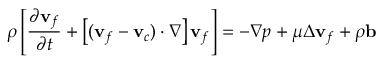
\rho \left[ \frac { \partial \mathbf { v } _ { f } } { \partial t } + \left[ ( \mathbf { v } _ { f } - \mathbf { v } _ { c } ) \cdot \nabla \right] \mathbf { v } _ { f } \right] = - \nabla p + \mu \Delta \mathbf { v } _ { f } + \rho \mathbf { b }